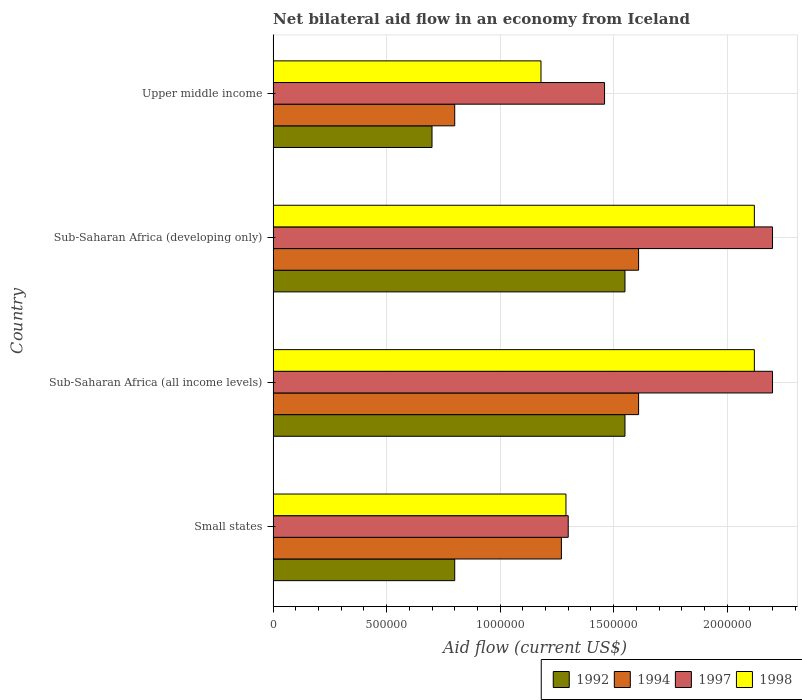
| Country | 1992 | 1994 | 1997 | 1998 |
 | --- | --- | --- | --- | --- |
 | Small states | 8e+05 | 1.27e+06 | 1.3e+06 | 1.29e+06 |
 | Sub-Saharan Africa (all income levels) | 1.55e+06 | 1.61e+06 | 2.2e+06 | 2.12e+06 |
 | Sub-Saharan Africa (developing only) | 1.55e+06 | 1.61e+06 | 2.2e+06 | 2.12e+06 |
 | Upper middle income | 7e+05 | 8e+05 | 1.46e+06 | 1.18e+06 |